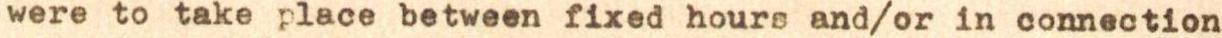
were to take place between fixed hours and/or in connection